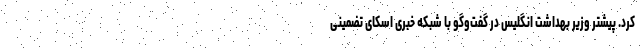
کرد. پیشتر وزیر بهداشت انگلیس در گفت‌وگو با شبکه خبری اسکای تضمینی